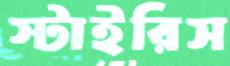
স্টাইরিস